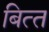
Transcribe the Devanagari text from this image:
बित्‍त